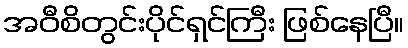
အဝီစိတွင်းပိုင်ရှင်ကြီး ဖြစ်နေပြီ။